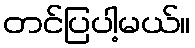
တင်ပြပါ့မယ်။